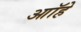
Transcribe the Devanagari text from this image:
आॉहे